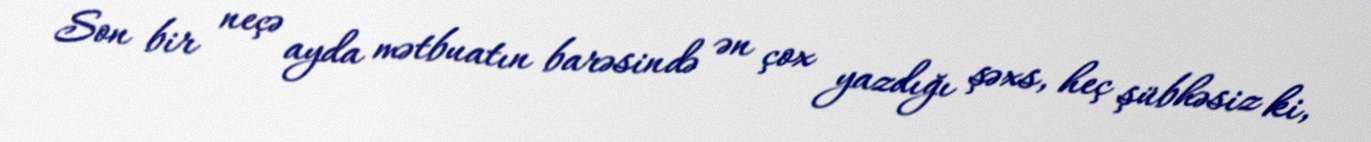
Son bir neçə ayda mətbuatın barəsində ən çox yazdığı şəxs, heç şübhəsiz ki,